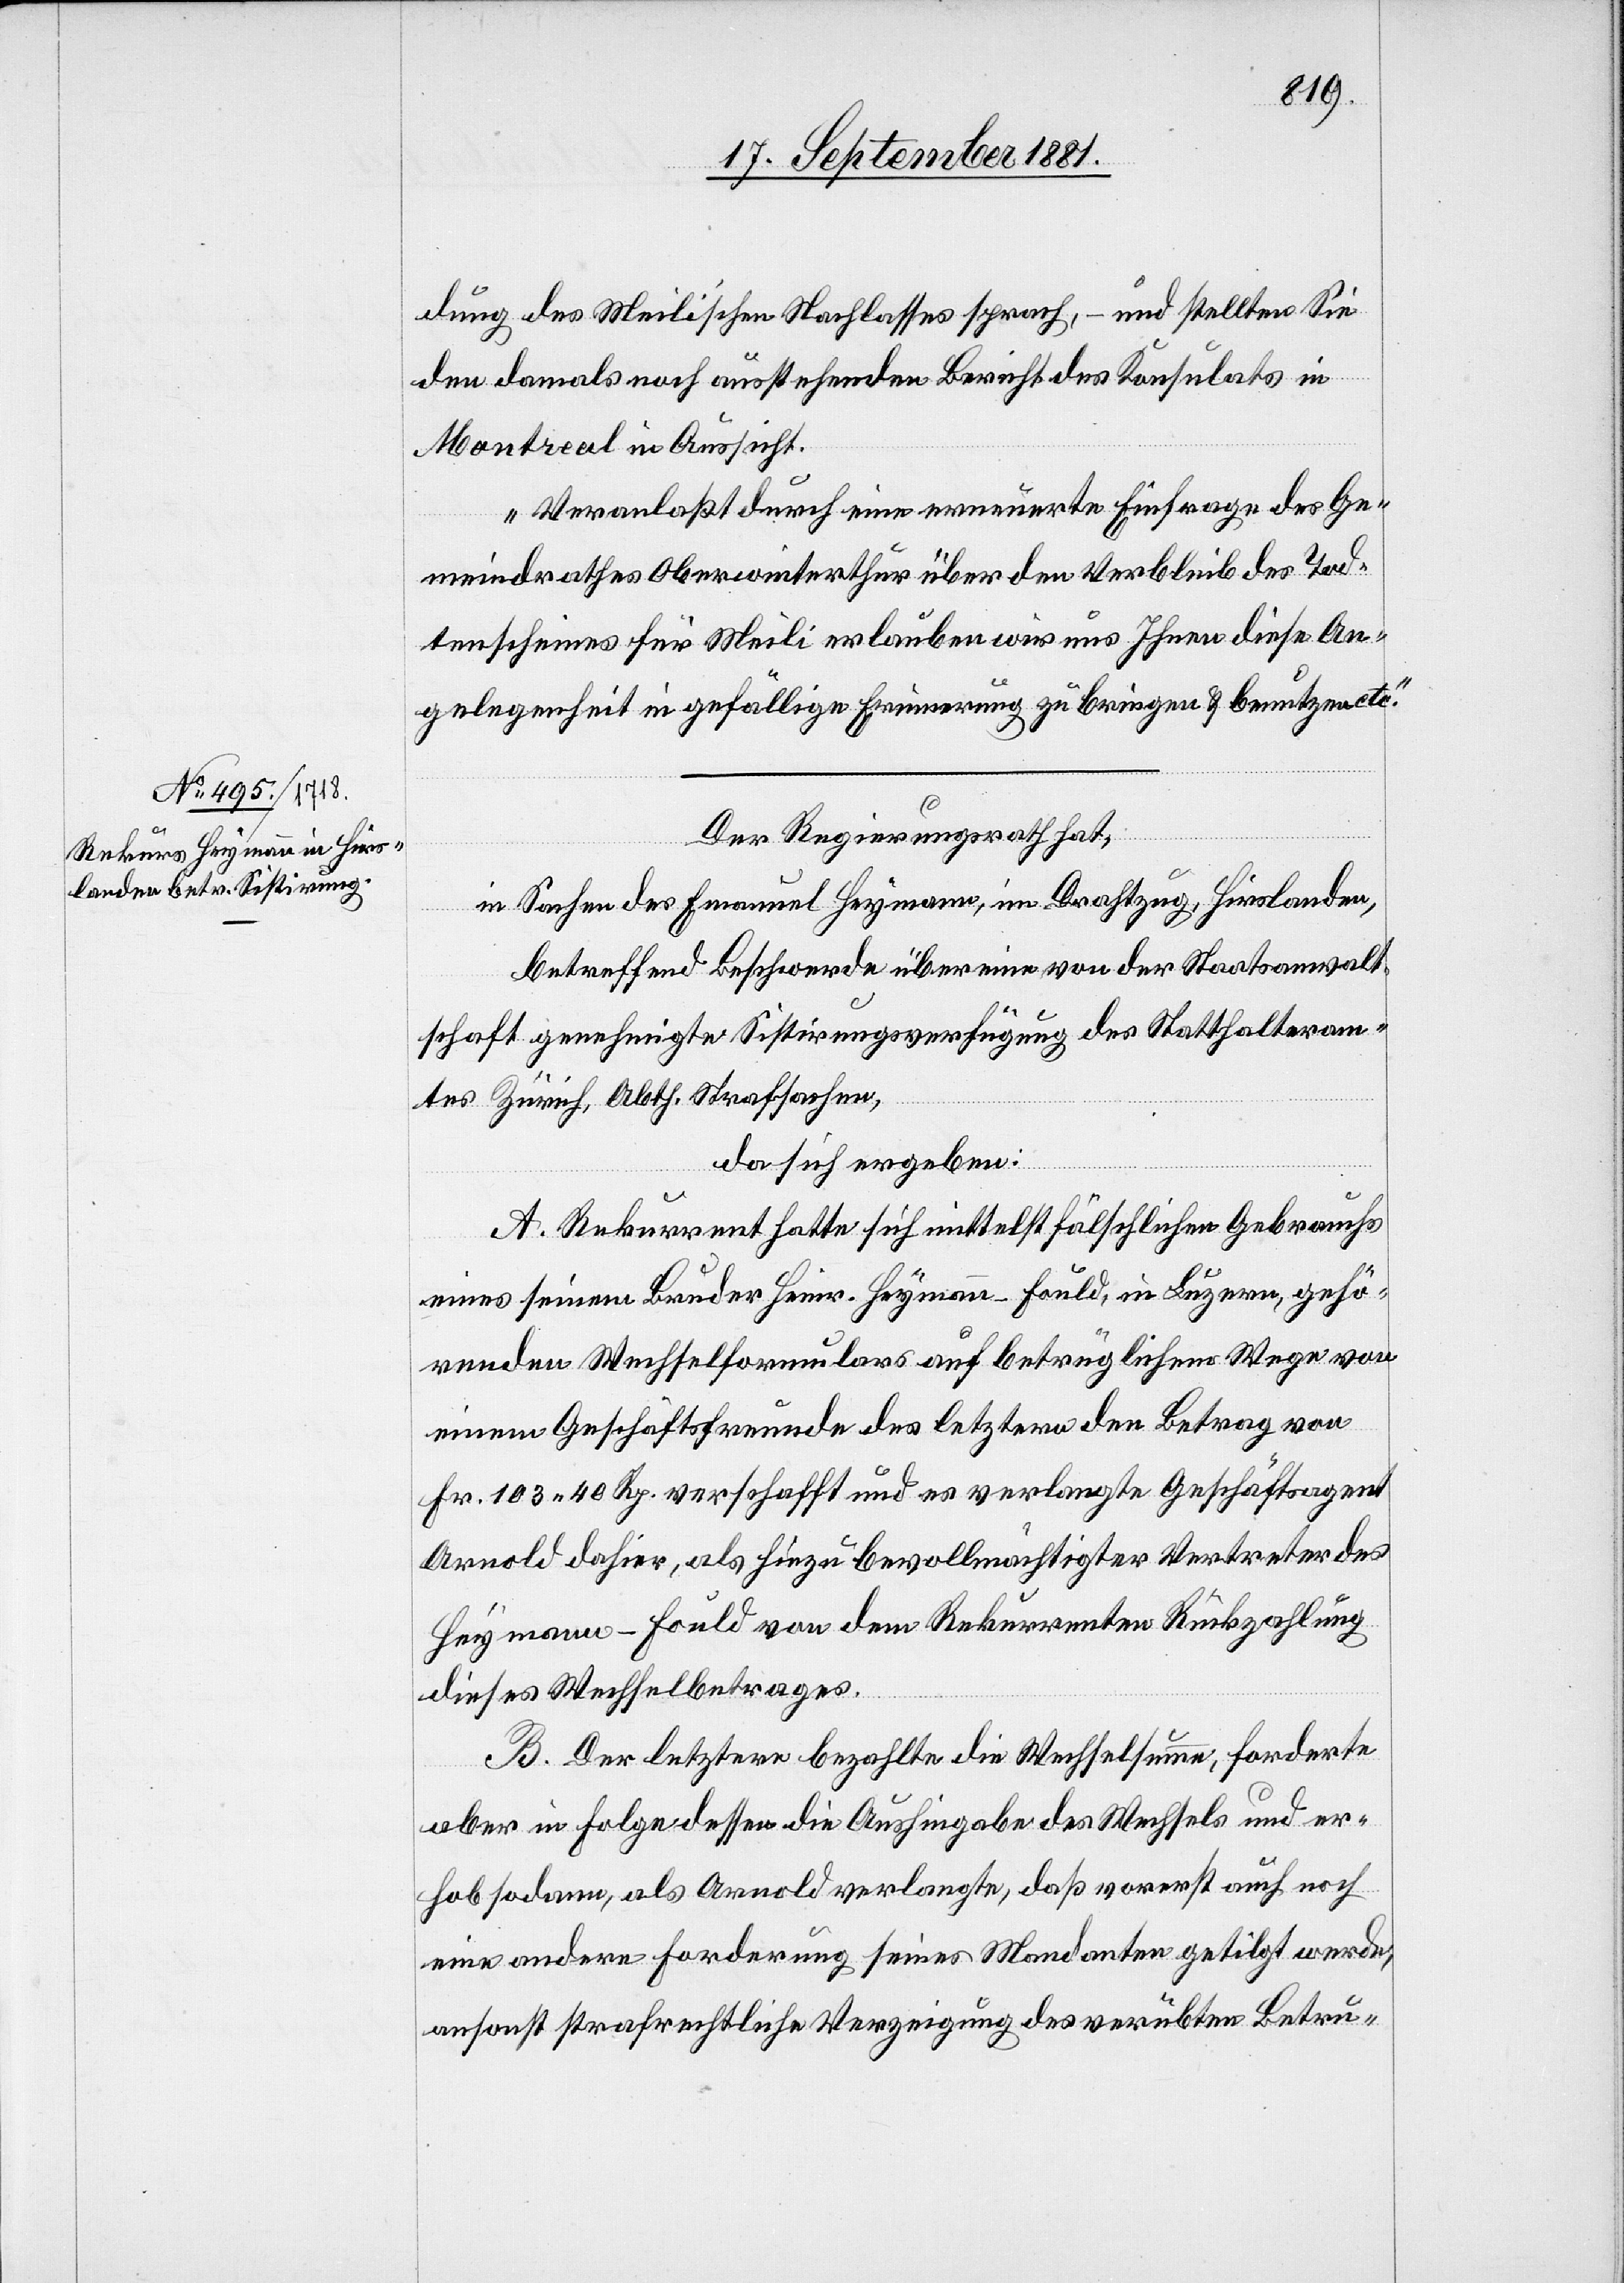
dung des Meilischen Nachlasses sprach, – und stellten Sie
den damals noch ausstehenden Bericht des Konsulates in
Montreal in Aussicht.
Veranlaßt durch eine erneuerte Einfrage des Ge¬
meindrathes Oberwinterthur über den Verbleib des Tod¬
tenscheines für Meili erlauben wir uns Ihnen diese An¬
gelegenheit in gefällige Erinnerung zu bringen & benutzen etc.“
Der Regierungsrath hat,
in Sachen des Emanuel Heymann, in Drahtzug, Hirslanden,
betreffend Beschwerde über eine von der Staatsanwalt¬
schaft genehmigte Sistirungsverfügung des Statthalteram¬
tes Zürich, Abth. Strafsachen,
da sich ergeben:
A. Rekurrent hatte sich mittelst fälschlichen Gebrauchs
eines seinem Bruder Heinr. Hymann-Fould, in Luzern, gehö¬
renden Wechselformulars auf betrüglichem Wege von
einem Geschäftsfreunde des letztern den Betrag von
Fr. 103 40 Rp. verschafft und es verlangte Geschäftsagent
Arnold dahier, als hiezu bevollmächtigter Vertreter des
Hymann-Fould von dem Rekurrenten Rückzahlung
dieses Wechselbetrages.
B. Der letztere bezahlte die Wechselsumme, forderte
aber in Folge dessen die Aushingabe des Wechsels und er¬
hob sodann, als Arnold verlangte, daß vorerst auch noch
eine andere Forderung seines Mandanten getilgt werde,
ansonst strafrechtliche Verzeigung des verübten Betru-